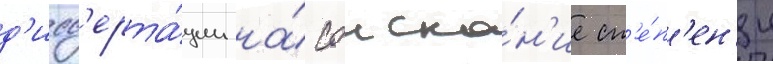
д'исс'ерта́ции на́ соиска́н'ие ст'е́п'ен'и